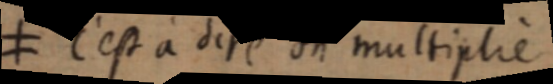
C’est à dire on multiplie